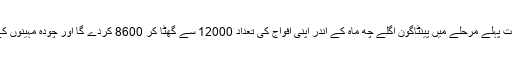
امریکا نے فروری میں طالبان کی قیادت کے ساتھ ایک امن معاہدے پر دستخط کیے جس کے تحت پہلے مرحلے میں پینٹاگون اگلے چھ ماہ کے اندر اپنی افواج کی تعداد 12000 سے گھٹا کر 8600 کردے گا اور چودہ مہینوں کے اندر اپنی، اپنے اتحادیوں اور دیگر شریک ملکوں کی پوری فوج کو افغانستان سے نکال لے گا۔